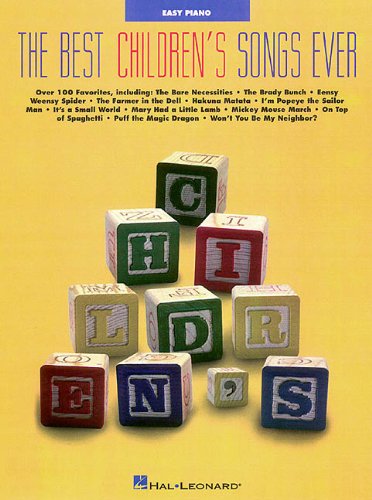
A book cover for Best Children's Songs Ever (Easy Piano Songbook); Children's Books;